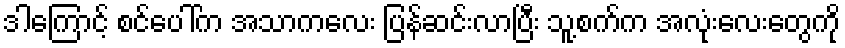
ဒါကြောင့် စင်ပေါ်က အသာကလေး ပြန်ဆင်းလာပြီး သူ့စက်က အလုံးလေးတွေကို